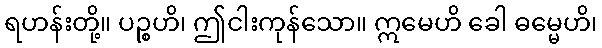
ရဟန်းတို့။ ပဉ္စဟိ၊ ဤငါးကုန်သော။ ဣမေဟိ ခေါ ဓမ္မေဟိ၊